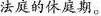
法庭的休庭期.。